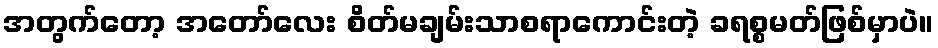
အတွက်တော့ အတော်လေး စိတ်မချမ်းသာစရာကောင်းတဲ့ ခရစ္စမတ်ဖြစ်မှာပဲ။